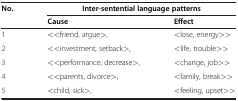
| <ROWSPAN=2> No. | <COLSPAN=2> Inter-sentential language patterns |
 | Cause | Effect |
 | --- | --- | --- |
 | 1 | <<friend, argue>, | <lose, energy>> |
 | 2 | <<investment, setback>, | <life, trouble>> |
 | 3 | <<performance, decrease>, | <change, job>> |
 | 4 | <<parents, divorce>, | <family, break>> |
 | 5 | <child, sick>, | <feeling, upset>> |